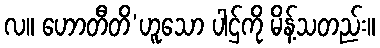
လ။ ဟောတီတိ’ဟူသော ပါဌ်ကို မိန့်သတည်း။